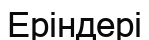
Еріндері